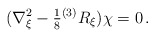
\begin{align*}(\nabla_{\xi}^{2} -{\textstyle\frac{1}{8}} {}^{(3)}R_{\xi})\chi = 0\, .\end{align*}